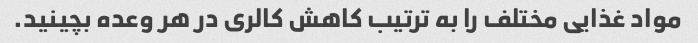
مواد غذایی مختلف را به ترتیب کاهش کالری در هر وعده بچینید.